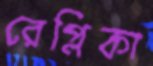
রেপ্লিকা